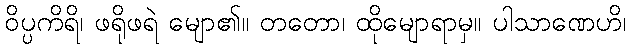
ဝိပ္ပကိရိ၊ ဖရိုဖရဲ မျော၏။ တတော၊ ထိုမျောရာမှ။ ပါသာဏေဟိ၊